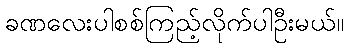
ခဏလေးပါစစ်ကြည့်လိုက်ပါဦးမယ်။